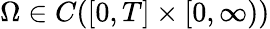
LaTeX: \Omega\in C([0,T]\times[0,\infty))